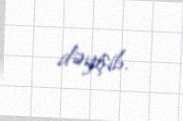
dəyişib.